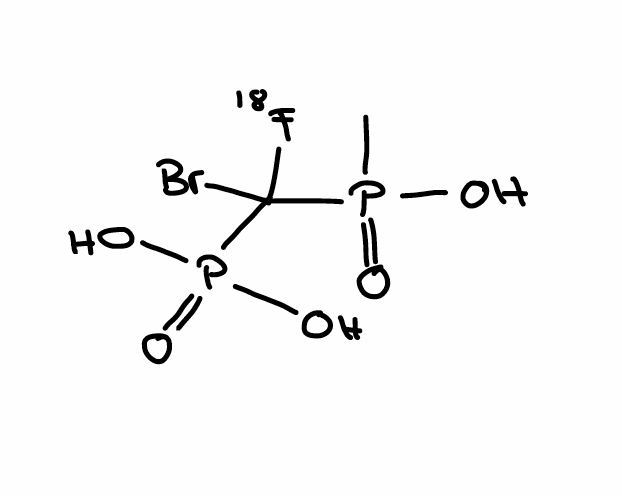
Simplified molecular-input line-entry system (SMILES) notation of the given molecule:
CP(=O)(C([18F])(P(=O)(O)O)Br)O